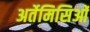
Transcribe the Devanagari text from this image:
अर्तेमिसिओं